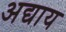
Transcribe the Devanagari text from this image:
अद्याय